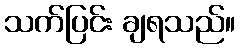
သက်ပြင်း ချရသည်။